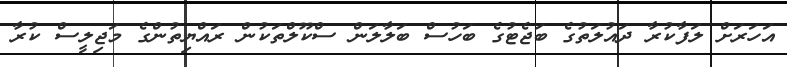
އަހަރަށް ލަފާކުރާ ދައުލަތުގެ ބަޖެޓުގެ ބަހުސް ބަލާލަން ސްކޫލްތަކުން ރައްޔިތުންގެ މަޖިލީސް ކުރާ